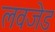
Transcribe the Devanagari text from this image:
लवजेड